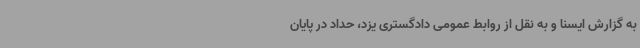
به گزارش ایسنا و به نقل از روابط عمومی دادگستری یزد، حداد در پایان